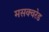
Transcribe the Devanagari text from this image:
मसक्वरेड